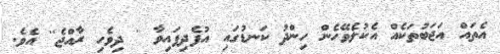
އެތައް އަޖަބުތަކެއް އެކުލެވޭހެން ހިންދު ކަނޑުގައި އުފެދިފައިވާ '' ދިވެހި ރާއްޖެ'' އެވެ.